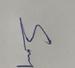
Signature authenticity: genuine